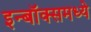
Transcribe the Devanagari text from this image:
इन्बॉक्समध्ये